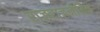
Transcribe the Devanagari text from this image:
राजराजनीतिक